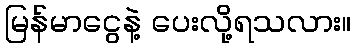
မြန်မာငွေနဲ့ ပေးလို့ရသလား။